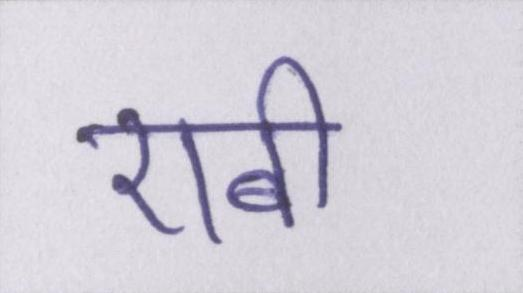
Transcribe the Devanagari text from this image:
एबी